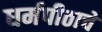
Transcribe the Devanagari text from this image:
धर्मपीठाचे